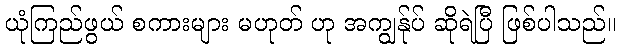
ယုံကြည်ဖွယ် စကားများ မဟုတ် ဟု အကျွန်ုပ် ဆိုရဲပြီ ဖြစ်ပါသည်။